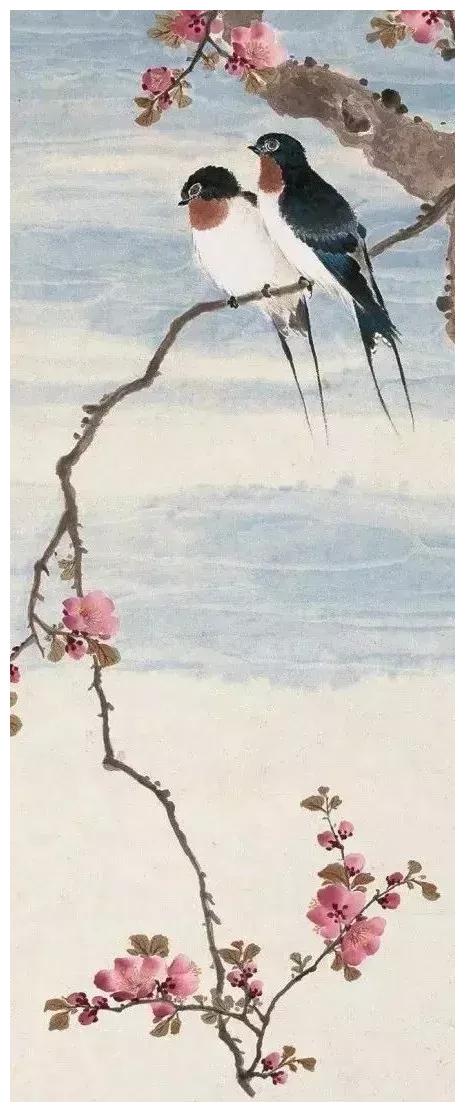
辽东小妇年十五，惯弹琵琶解歌舞。